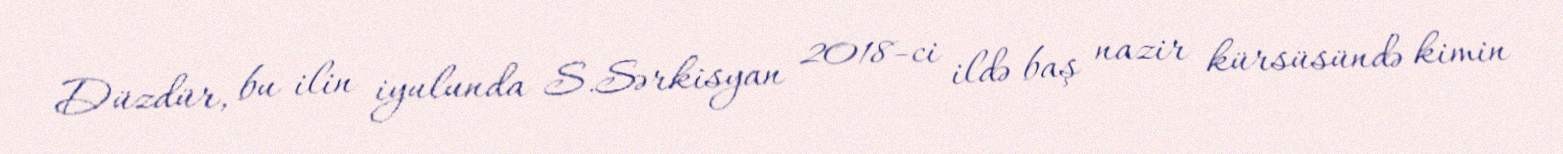
Düzdür, bu ilin iyulunda S.Sərkisyan 2018-ci ildə baş nazir kürsüsündə kimin